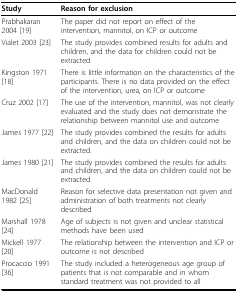
| Study | Reason for exclusion |
 | --- | --- |
 | Prabhakaran 2004[19] | The paper did not report on effect of the intervention, mannitol, on ICP or outcome |
 | Vialet 2003[23] | The study provides combined results for adults and children, and the data for children could not be extracted |
 | Kingston 1971[18] | There is little information on the characteristics of the participants. There is no data provided on the effect of the intervention, urea, on ICP or outcome |
 | Cruz 2002[17] | The use of the intervention, mannitol, was not clearly evaluated and the study does not demonstrate the relationship between mannitol use and outcome |
 | James 1977[22] | The study provides combined the results for adults and children, and the data on children could not be extracted. |
 | James 1980[21] | The study provides combined the results for adults and children, and the data on children could not be extracted. |
 | MacDonald 1982[25] | Reason for selective data presentation not given and administration of both treatments not clearly described |
 | Marshall 1978[24] | Age of subjects is not given and unclear statistical methods have been used |
 | Mickell 1977[20] | The relationship between the intervention and ICP or outcome is not described |
 | Procaccio 1991[36] | The study included a heterogeneous age group of patients that is not comparable and in whom standard treatment was not provided to all |